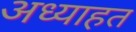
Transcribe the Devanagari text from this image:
अध्याहत